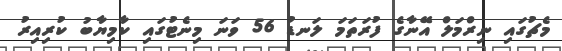
މެޗުގައި ނިރްމަލް އޭނާގެ ފުރަތަމަ ލަނޑު 56 ވަނަ މިނެޓުގައި ކާމިޔާބު ކުރިއިރު